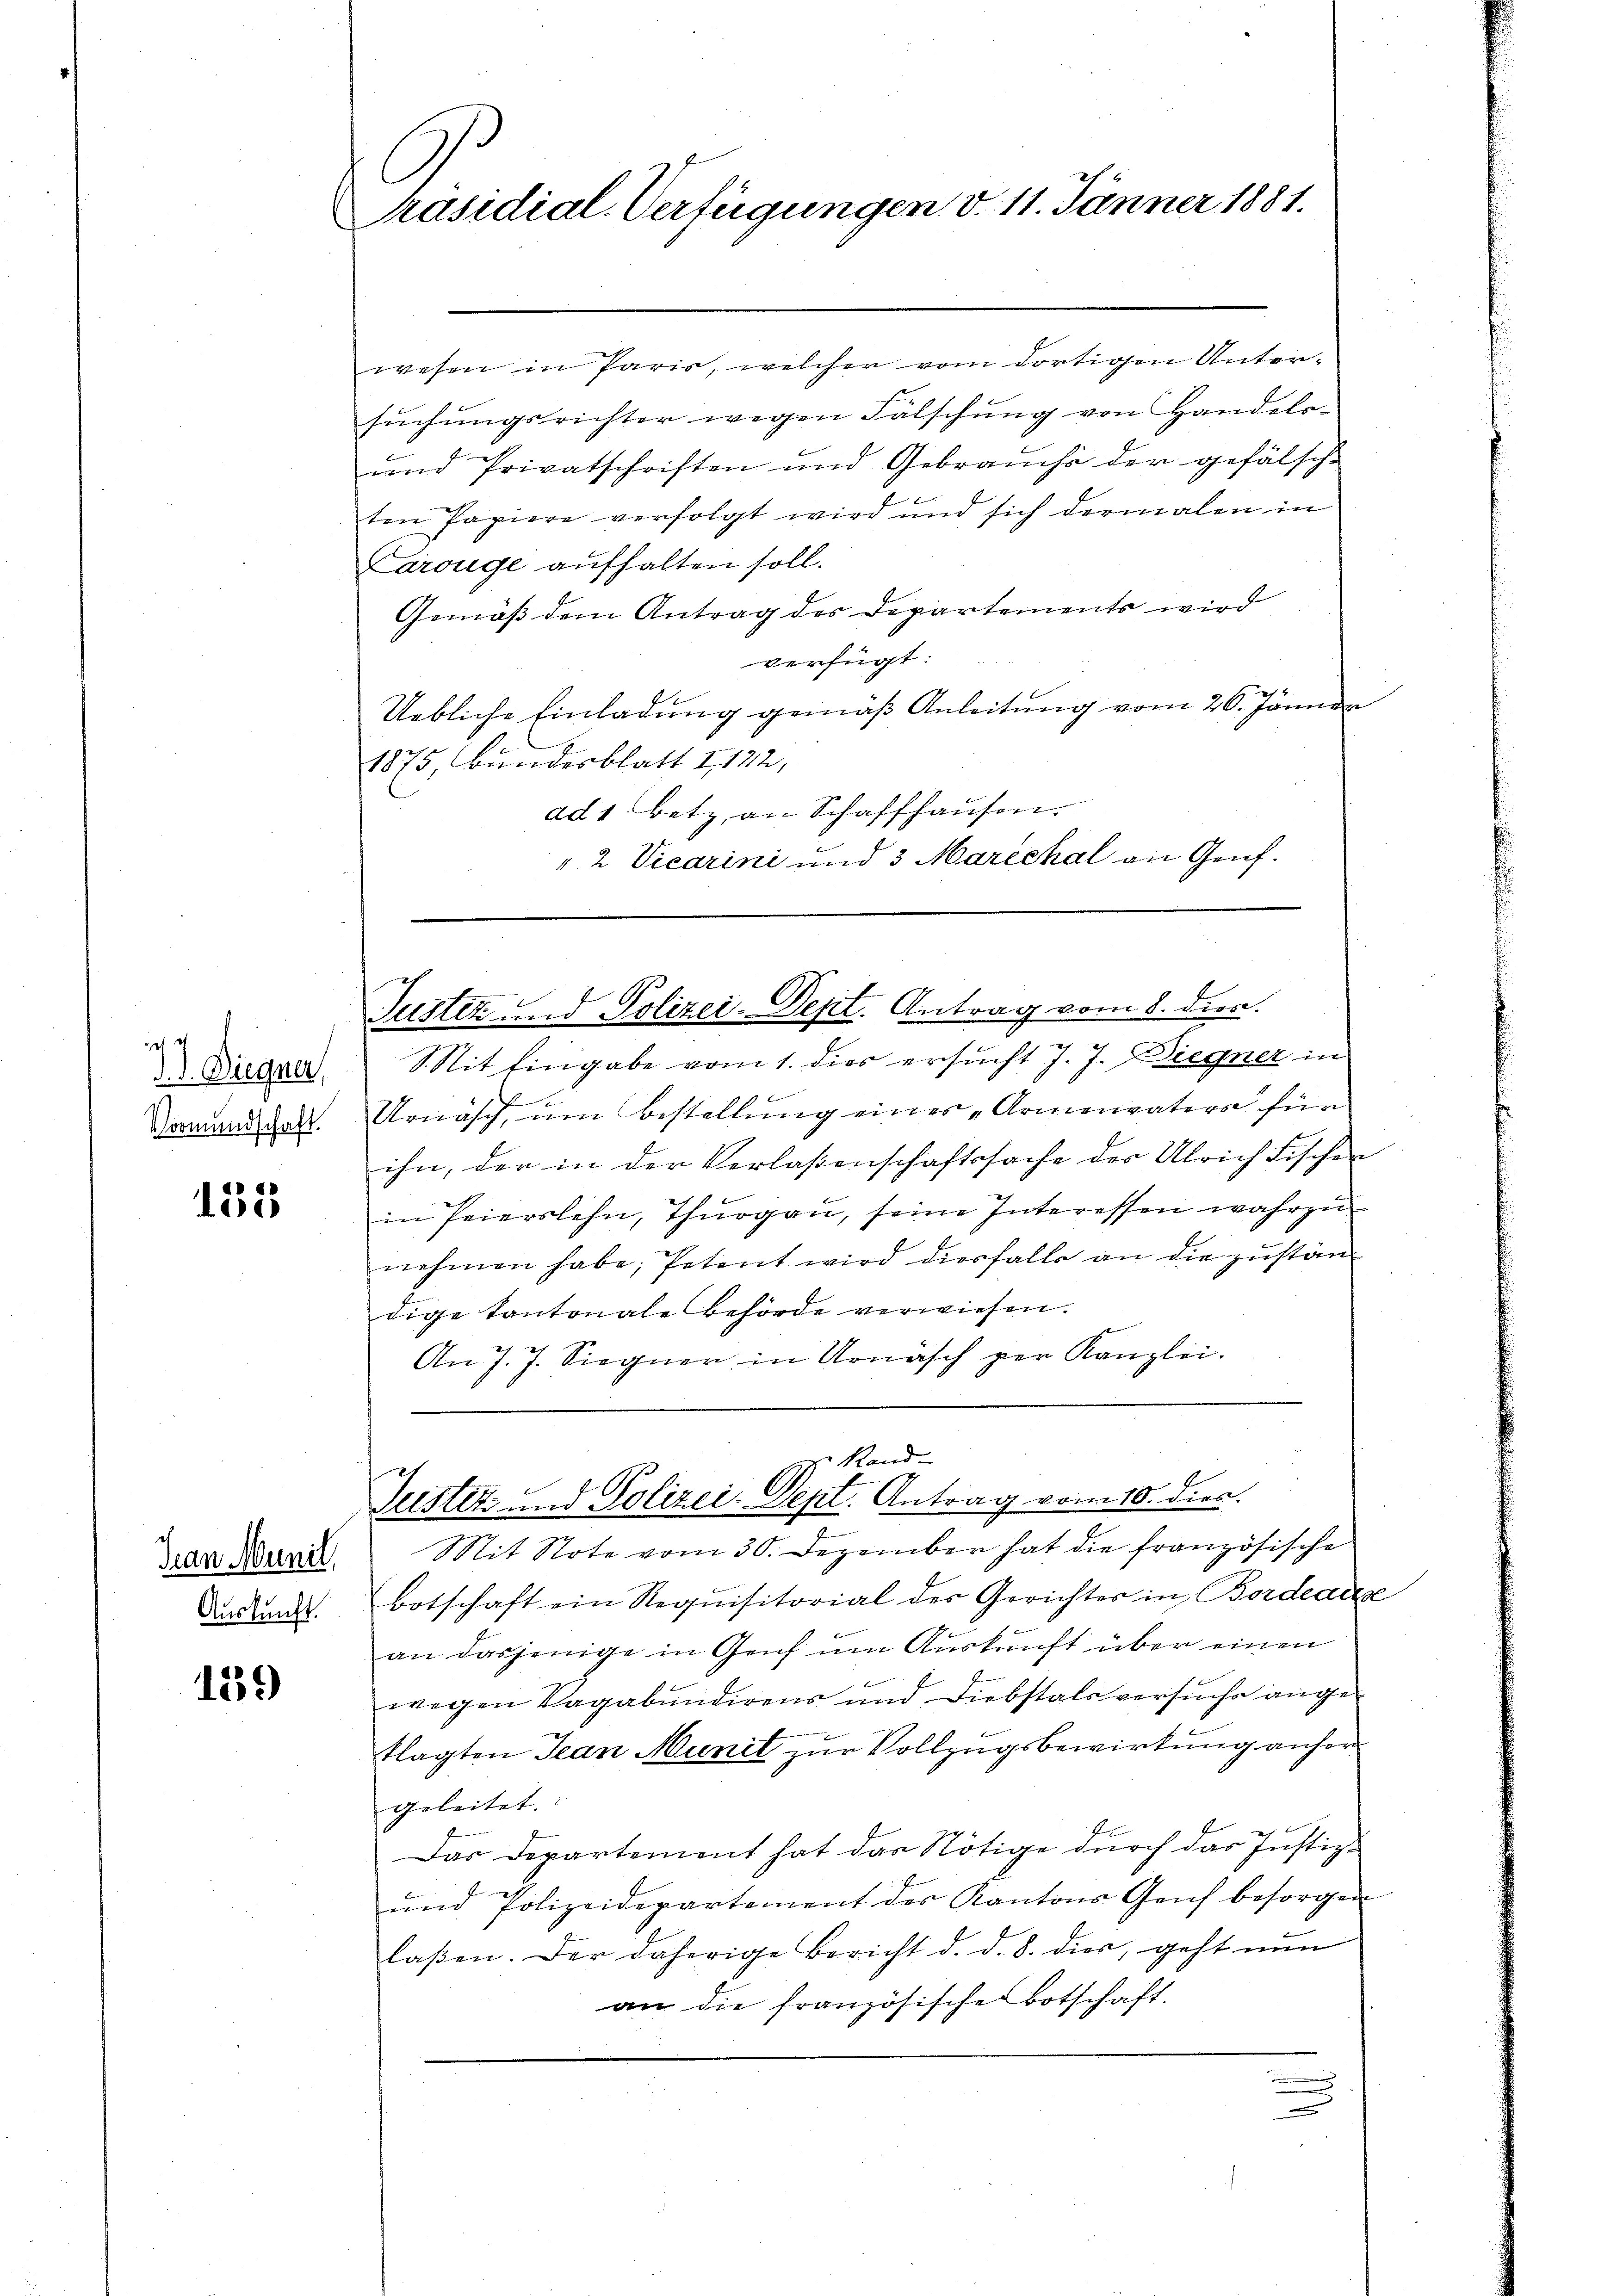
J.J. Diegner,
Vormundschaft.

153

Han Munil,
Auskunft.

1539

l
Präsidial-Verfügungen d. 11. Jänner 1881.

wesen in Paris, welcher vom dortigen Untersuchungsrichter wegen Fälschung von Handels-
und Privatschriften und Gebrauchs der gefälsch
ten Papiere verfolgt wird und sich dermalen in
Carouge aufhalten soll.
Gemäß dem Antrag des Departements wird
verfügt:
Uebliche Einladung gemäβ Anleitung vom 26. Jänner
1875, Bundesblatt I 122,
ad 1 betz, an Schaffhausen.
"2 Vicarini und 3 Marechal an Genf.

Justiz und Polizei-Dept. Antrag vom 8. dien.

SSit Eingabe vom 1. dies ersucht J. J. Diegner in
Urnasch, um Bestellung eines „Armenvaters für
ihn, der in der Verlassenschaftssache der Ulrich Fischen
in Peierslehn, Thurgau, seine Interessen wahrzu
nehmen habe, Petent wird diesfalls an die zuständige Kantonale Behörde verwiesen.
An 7. 7. Siegner in Urnäsch per Kanzlei.

Rand-
f.
Justiz und Polizei-Dept. Antrag vom 10. dies

Mit Note vom 30. Dezember hat die französische
Botschaft ein Requisitorial des Gerichtes in Bordeaux
an dasjenige in Genf um Auskunft über einen
wegen Vagabundigens und Diebstals versuchs ange-
klagten Jean Munit zur Vollzugsbewirkung anhergeleitet.
Das Departement hat das Nötige durch das Justiz-
und Polizeidepartement des Kantons Genf besorgen
laßen. Der daherige Bericht d. d. 8. dies, geht nun
an die französischer Botschaft.
.
n